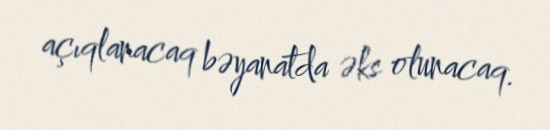
açıqlanacaq bəyanatda əks olunacaq.